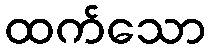
ထက်သော